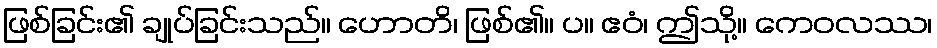
ဖြစ်ခြင်း၏ ချုပ်ခြင်းသည်။ ဟောတိ၊ ဖြစ်၏။ ပ။ ဧဝံ၊ ဤသို့။ ကေဝလဿ၊